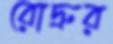
রোদ্রুর